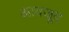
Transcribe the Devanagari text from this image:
आवजूद